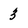
Character: 3